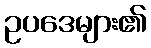
ဥပဒေများ၏